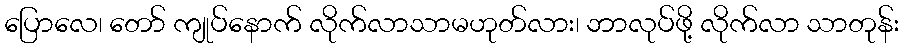
ပြောလေ၊ တော် ကျုပ်နောက် လိုက်လာသာမဟုတ်လား၊ ဘာလုပ်ဖို့ လိုက်လာ သာတုန်း